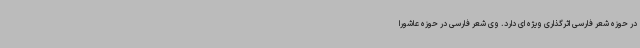
در حوزه شعر فارسی اثرگذاری ویژه ای دارد. وی شعر فارسی در حوزه عاشورا